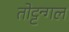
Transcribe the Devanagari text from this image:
तोट्टन्गल